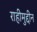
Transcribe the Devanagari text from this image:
राहीमुद्दीन